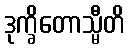
ဒုက္ခိတောသ္မီတိ